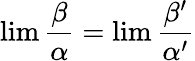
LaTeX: \operatorname*{lim}{\frac{\beta}{\alpha}}=\operatorname*{lim}{\frac{\beta^{\prime}}{\alpha^{\prime}}}